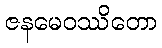
ဇနမေဝဿိတော